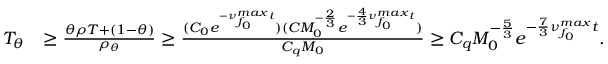
\begin{array} { r l } { T _ { \theta } } & { \geq \frac { \theta \rho T + ( 1 - \theta ) } { \rho _ { \theta } } \geq \frac { ( C _ { 0 } e ^ { - \nu _ { f _ { 0 } } ^ { m a x } t } ) ( C M _ { 0 } ^ { - \frac { 2 } { 3 } } e ^ { - \frac { 4 } { 3 } \nu _ { f _ { 0 } } ^ { m a x } t } ) } { C _ { q } M _ { 0 } } \geq C _ { q } M _ { 0 } ^ { - \frac { 5 } { 3 } } e ^ { - \frac { 7 } { 3 } \nu _ { f _ { 0 } } ^ { m a x } t } . } \end{array}